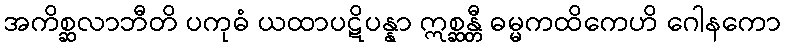
အကိစ္ဆလာဘီတိ ပကုဓံ ယထာပဋိပန္နာ ဣစ္ဆန္တီ ဓမ္မကထိကေဟိ ဂေါနကော